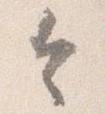
令